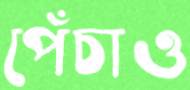
পেঁচাও